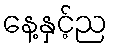
နေ့နှင့်ည